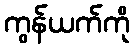
ကွန်ယက်ကို